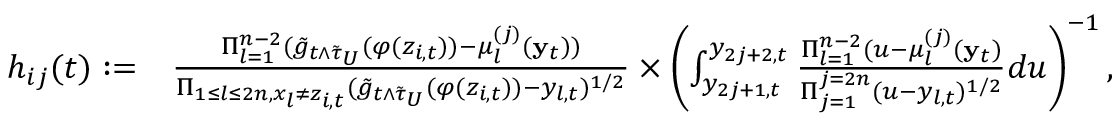
\begin{array} { r l } { h _ { i j } ( t ) : = } & { \frac { \Pi _ { l = 1 } ^ { n - 2 } ( \tilde { g } _ { t \wedge \tilde { \tau } _ { U } } ( \varphi ( z _ { i , t } ) ) - \mu _ { l } ^ { ( j ) } ( \mathbf { y } _ { t } ) ) } { \Pi _ { 1 \le l \le 2 n , x _ { l } \neq z _ { i , t } } ( \tilde { g } _ { t \wedge \tilde { \tau } _ { U } } ( \varphi ( z _ { i , t } ) ) - y _ { l , t } ) ^ { 1 / 2 } } \times \left( \int _ { y _ { 2 j + 1 , t } } ^ { y _ { 2 j + 2 , t } } \frac { \Pi _ { l = 1 } ^ { n - 2 } ( u - \mu _ { l } ^ { ( j ) } ( \mathbf { y } _ { t } ) } { \Pi _ { j = 1 } ^ { j = 2 n } ( u - y _ { l , t } ) ^ { 1 / 2 } } d u \right) ^ { - 1 } , } \end{array}